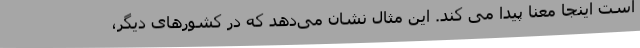
است اینجا معنا پیدا می کند. این مثال نشان می‌دهد که در کشورهای دیگر،